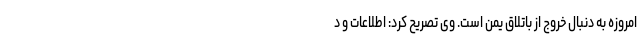
امروزه به دنبال خروج از باتلاق یمن است. وی تصریح کرد: اطلاعات و د